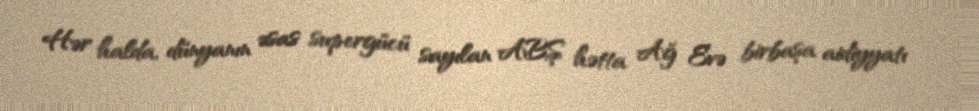
Hər halda, dünyanın əsas supergücü sayılan ABŞ hətta Ağ Evə birbaşa aidiyyatı